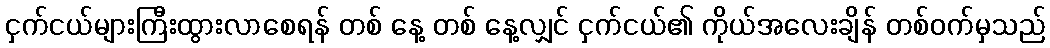
ငှက်ငယ်များကြီးထွားလာစေရန် တစ် နေ့ တစ် နေ့လျှင် ငှက်ငယ်၏ ကိုယ်အလေးချိန် တစ်ဝက်မှသည်